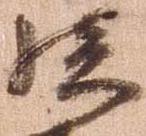
孫